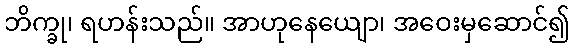
ဘိက္ခု၊ ရဟန်းသည်။ အာဟုနေယျော၊ အဝေးမှဆောင်၍